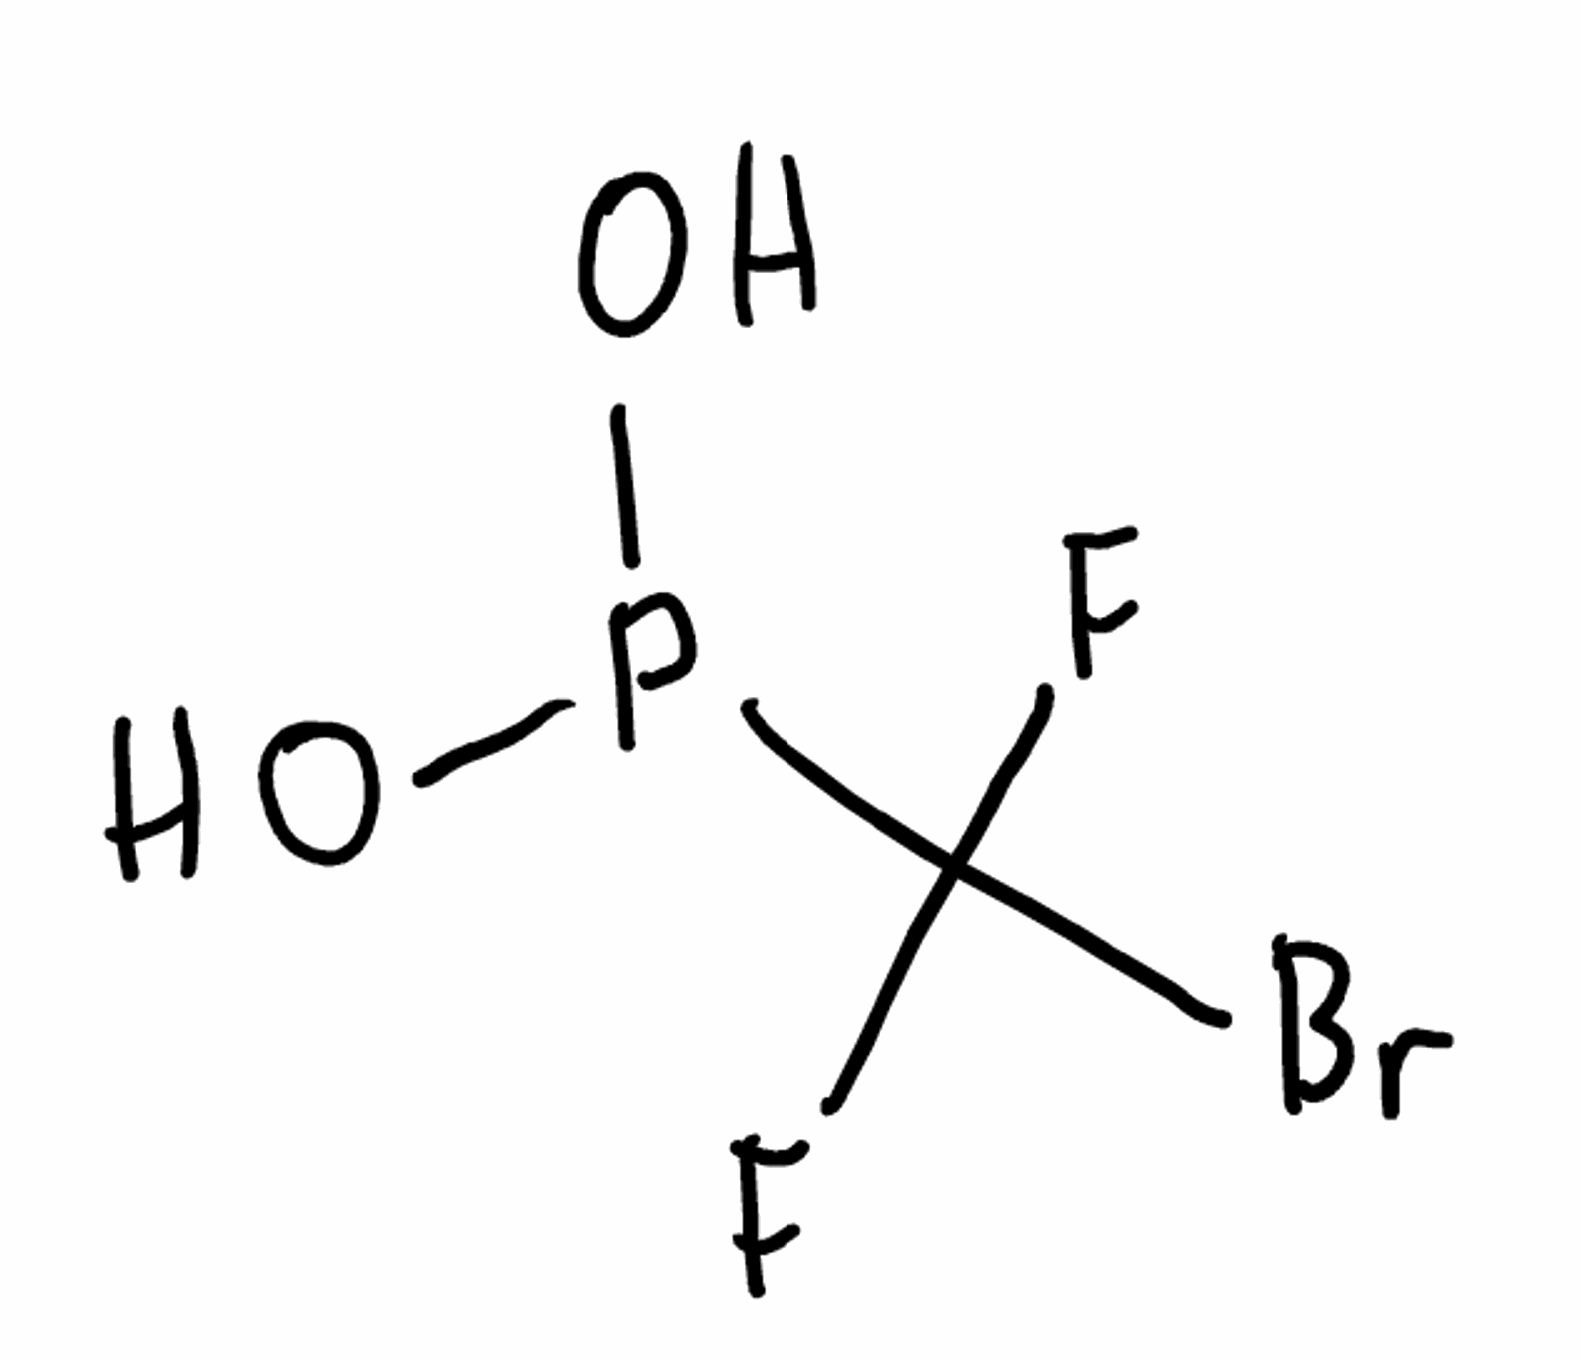
Simplified molecular-input line-entry system (SMILES) notation of the given molecule:
C(F)(F)(P(O)O)Br